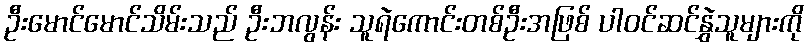
ဦးမောင်မောင်သိမ်းသည် ဦးဘလွန်း သူရဲကောင်းတစ်ဦးအဖြစ် ပါဝင်ဆင်နွှဲသူများကို